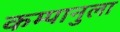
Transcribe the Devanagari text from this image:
कम्पानुला